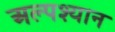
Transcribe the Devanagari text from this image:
अल्पश्यान